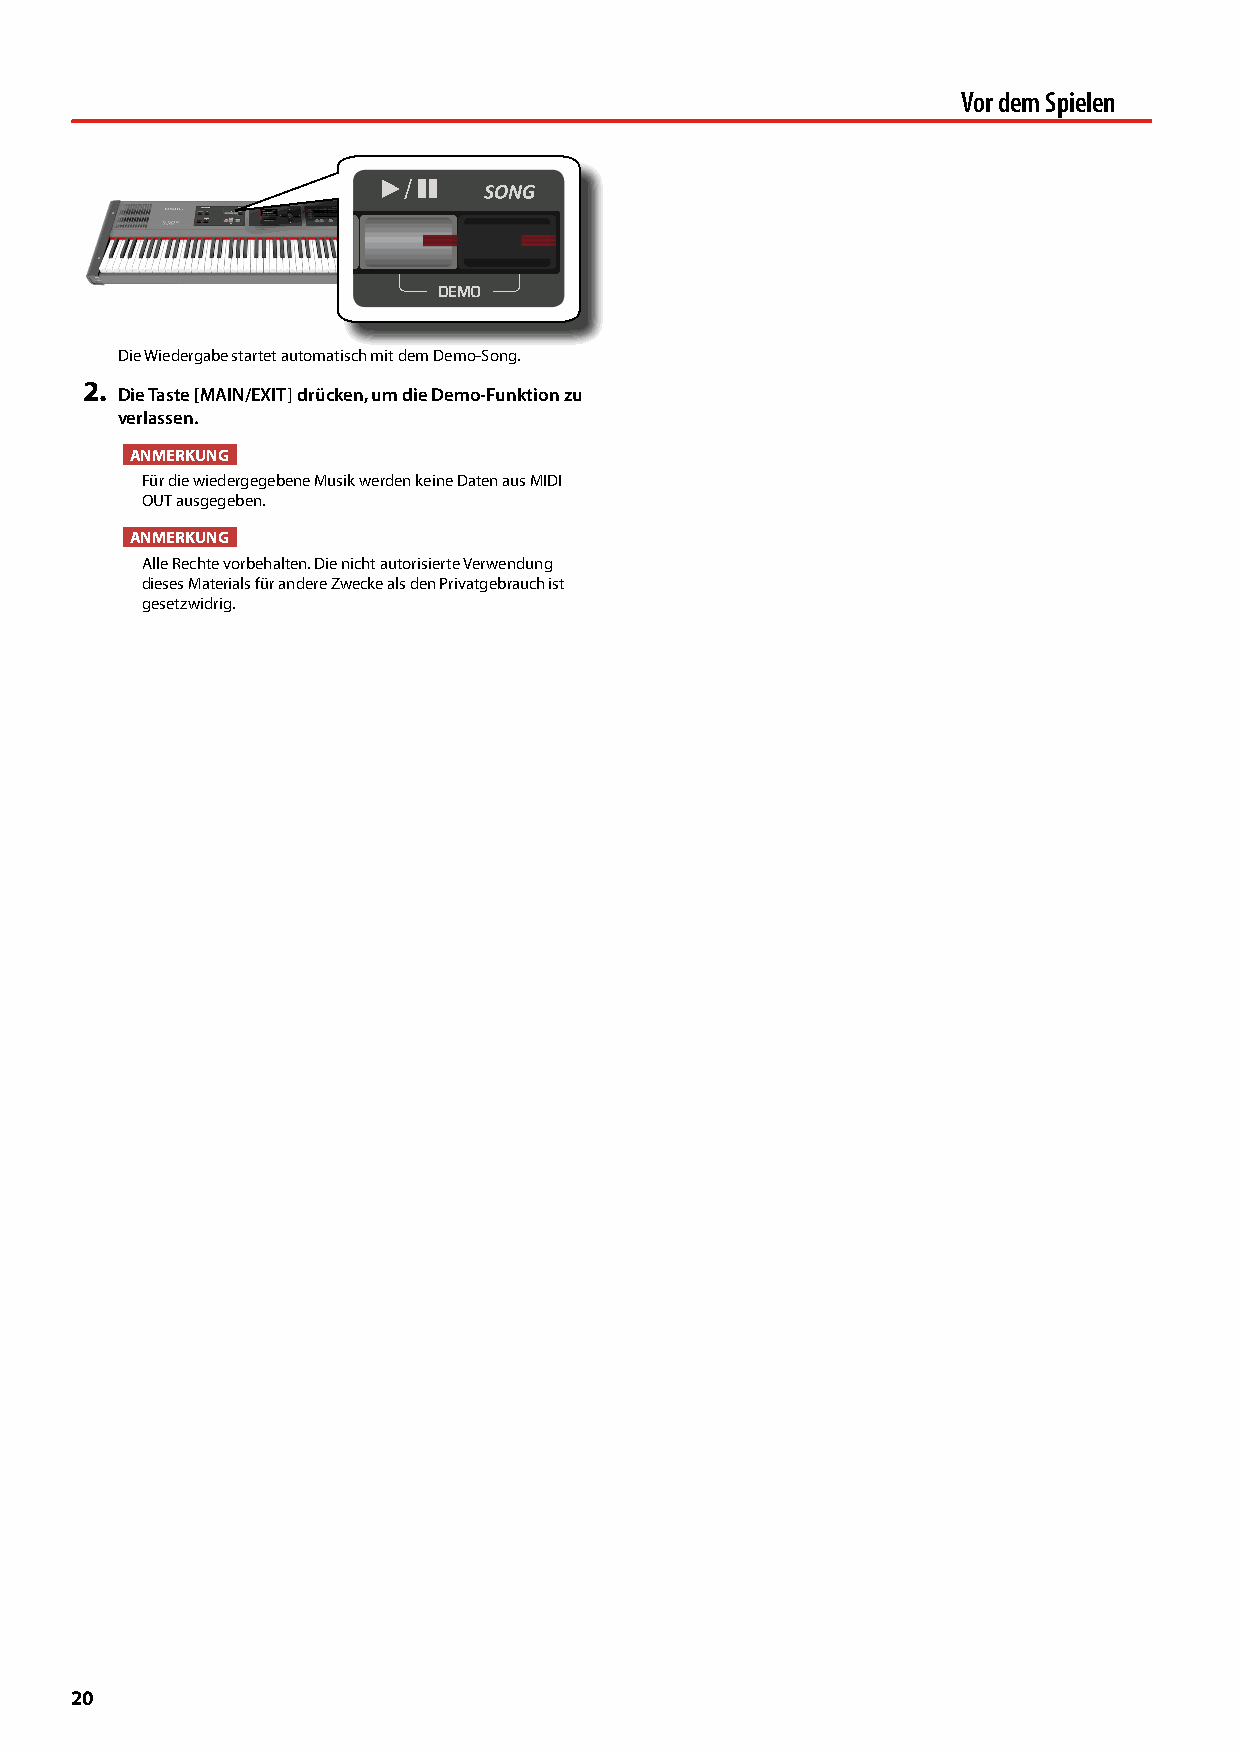
Vor dem Spielen
 /
 Die Wiedergabe startet automatisch mit dem Demo-Song.
 2.
 Die Taste [MAIN/EXIT] drücken, um die Demo-Funktion zu
 verlassen.
 ANMERKUNG
 Für die wiedergegebene Musik werden keine Daten aus MIDI
 OUT ausgegeben.
 ANMERKUNG
 Alle Rechte vorbehalten. Die nicht autorisierte Verwendung
 dieses Materials für andere Zwecke als den Privatgebrauch ist
 gesetzwidrig.
 20